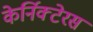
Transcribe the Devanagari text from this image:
केर्निक्टेरस